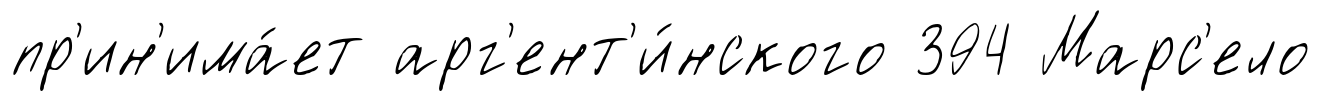
пр'ин'има́ет арг'ент'и́нского 394 Марс'ело